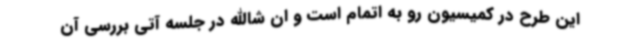
این طرح در کمیسیون رو به اتمام است و ان شاالله در جلسه آتی بررسی آن